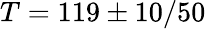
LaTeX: T=119\pm 10/50